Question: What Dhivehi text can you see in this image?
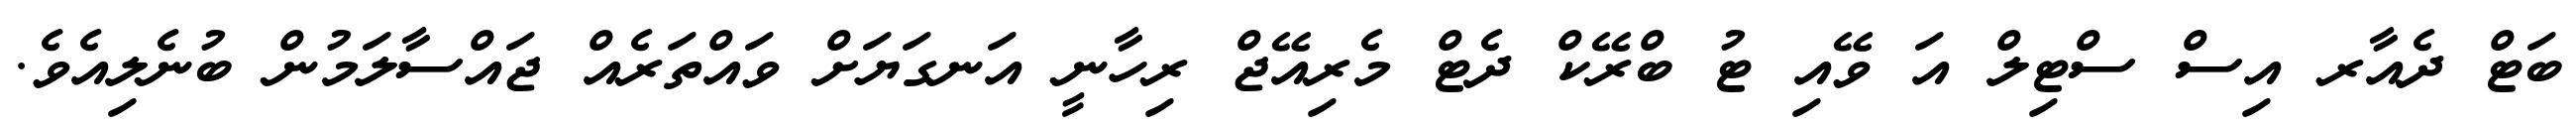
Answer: ބަޓް ދެއާރ އިސް ސްޓިލް އަ ވޭއި ޓު ބްރޭކް ދެޓް މެރިއޭޖް ރިހާނީ އަނގަޔަށް ވައްތަރެއް ޖައްސާލަމުން ބުނެލިއެވެ.